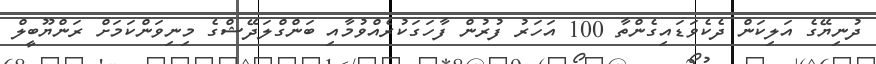
ދުނިޔޭގެ އަލިކަން ދެކެވަޑައިގެންތާ 100 އަހަރު ފުރުން ފާހަގަކުރެއްވުމާއި ބަންގްލަދޭޝްގެ މިނިވަންކަމަށް ރަންޔޫބީލް